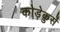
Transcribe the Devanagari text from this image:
कोड़ेकुर्से